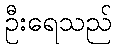
ဦးရေသည်